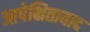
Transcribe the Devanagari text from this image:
आपेक्षितावाद